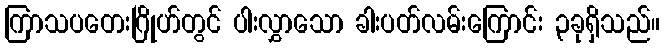
ကြာသပတေးဂြိုဟ်တွင် ပါးလွှာသော ခါးပတ်လမ်းကြောင်း ၃ခုရှိသည်။